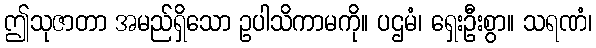
ဤသုဇာတာ အမည်ရှိသော ဥပါသိကာမကို။ ပဌမံ၊ ရှေးဦးစွာ။ သရဏံ၊